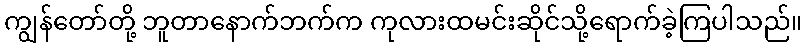
ကျွန်တော်တို့ ဘူတာနောက်ဘက်က ကုလားထမင်းဆိုင်သို့ရောက်ခဲ့ကြပါသည်။